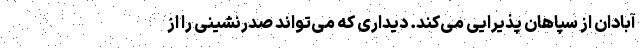
آبادان از سپاهان پذیرایی می‌کند. دیداری که می‌تواند صدرنشینی را از